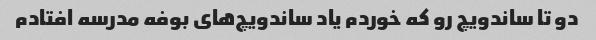
دو تا ساندویچ رو که خوردم یاد ساندویچ‌های بوفه مدرسه افتادم